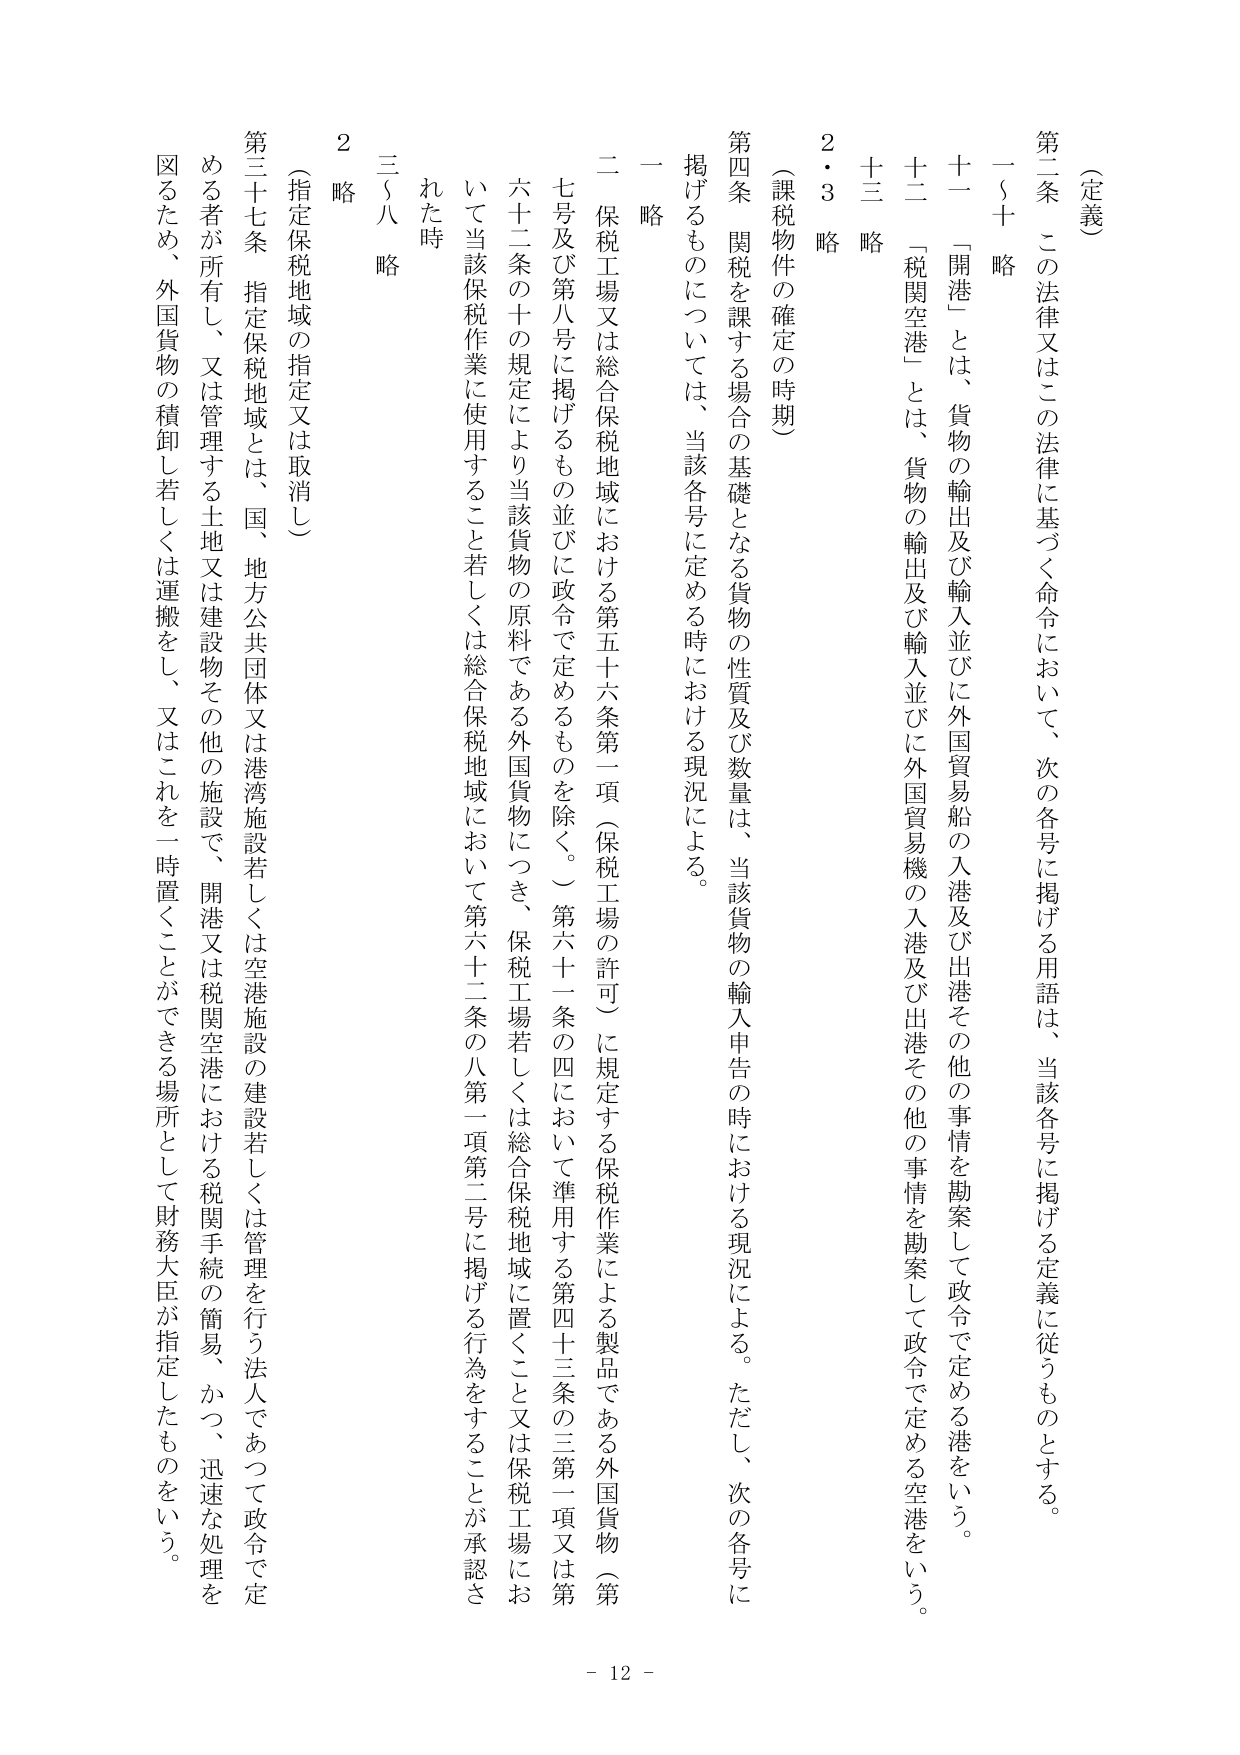
（定義）

第二条　この法律又はこの法律に基づく命令において、次の各号に掲げる用語は、当該各号に掲げる定義に従うものとする。

一～十　略

十一　「開港」とは、貨物の輸出及び輸入並びに外国貿易船の入港及び出港その他の事情を勘案して政令で定める港をいう。

十二　「税関空港」とは、貨物の輸出及び輸入並びに外国貿易機の入港及び出港その他の事情を勘案して政令で定める空港をいう。

十三　略

２・３　略

（課税物件の確定の時期）

第四条　関税を課する場合の基礎となる貨物の性質及び数量は、当該貨物の輸入申告の時における現況による。ただし、次の各号に掲げるものについては、当該各号に定める時における現況による。

一　略

二　保税工場又は総合保税地域における第五十六条第一項（保税工場の許可）に規定する保税作業による製品である外国貨物（第七号及び第八号に掲げるものを除く。）第六十一条の四において準用する第四十三条の三第一項又は第六十二条の十の規定により当該貨物の原料である外国貨物につき、保税工場若しくは総合保税地域に置くこと又は保税工場において当該保税作業に使用すること若しくは総合保税地域において第六十二条の八第一項第二号に掲げる行為をすることが承認された時

三～八　略

２　略

（指定保税地域の指定又は取消し）

第三十七条　指定保税地域とは、国、地方公共団体又は港湾施設若しくは空港施設の建設若しくは管理を行う法人であって政令で定める者が所有し、又は管理する土地又は建設物その他の施設で、開港又は税関空港における税関手続の簡易、かつ、迅速な処理を図るため、外国貨物の積卸し若しくは運搬をし、又はこれを一時置くことができる場所として財務大臣が指定したものをいう。

- 12 -